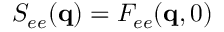
S _ { e e } ( \mathbf { q } ) = F _ { e e } ( \mathbf { q } , 0 )